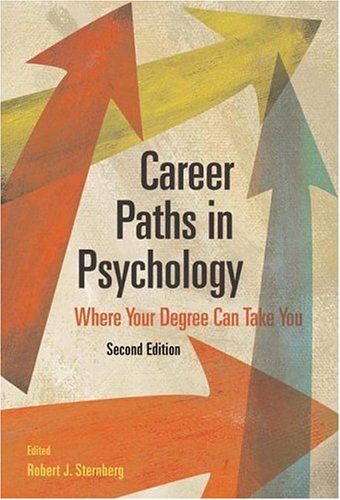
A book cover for Career Paths in Psychology: Where Your Degree Can Take You, 2nd Edition; Education & Teaching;